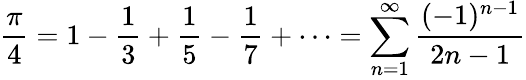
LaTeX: {\frac{\pi}{4}}=1-{\frac{1}{3}}+{\frac{1}{5}}-{\frac{1}{7}}+\cdots=\sum_{n=1}^{\infty}{\frac{(-1)^{n-1}}{2n-1}}